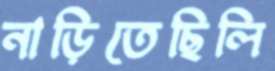
নাড়িতেছিলি